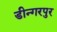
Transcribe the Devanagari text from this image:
डीन्गरपुर